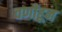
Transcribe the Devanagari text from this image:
वणीहून